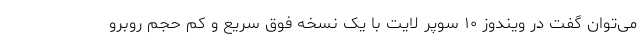
می‌توان گفت در ویندوز ۱۰ سوپر لایت با یک نسخه فوق سریع و کم حجم روبرو